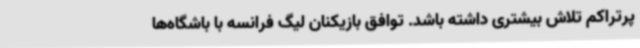
پرتراکم تلاش بیشتری داشته باشد. توافق بازیکنان لیگ فرانسه با باشگاه‌ها